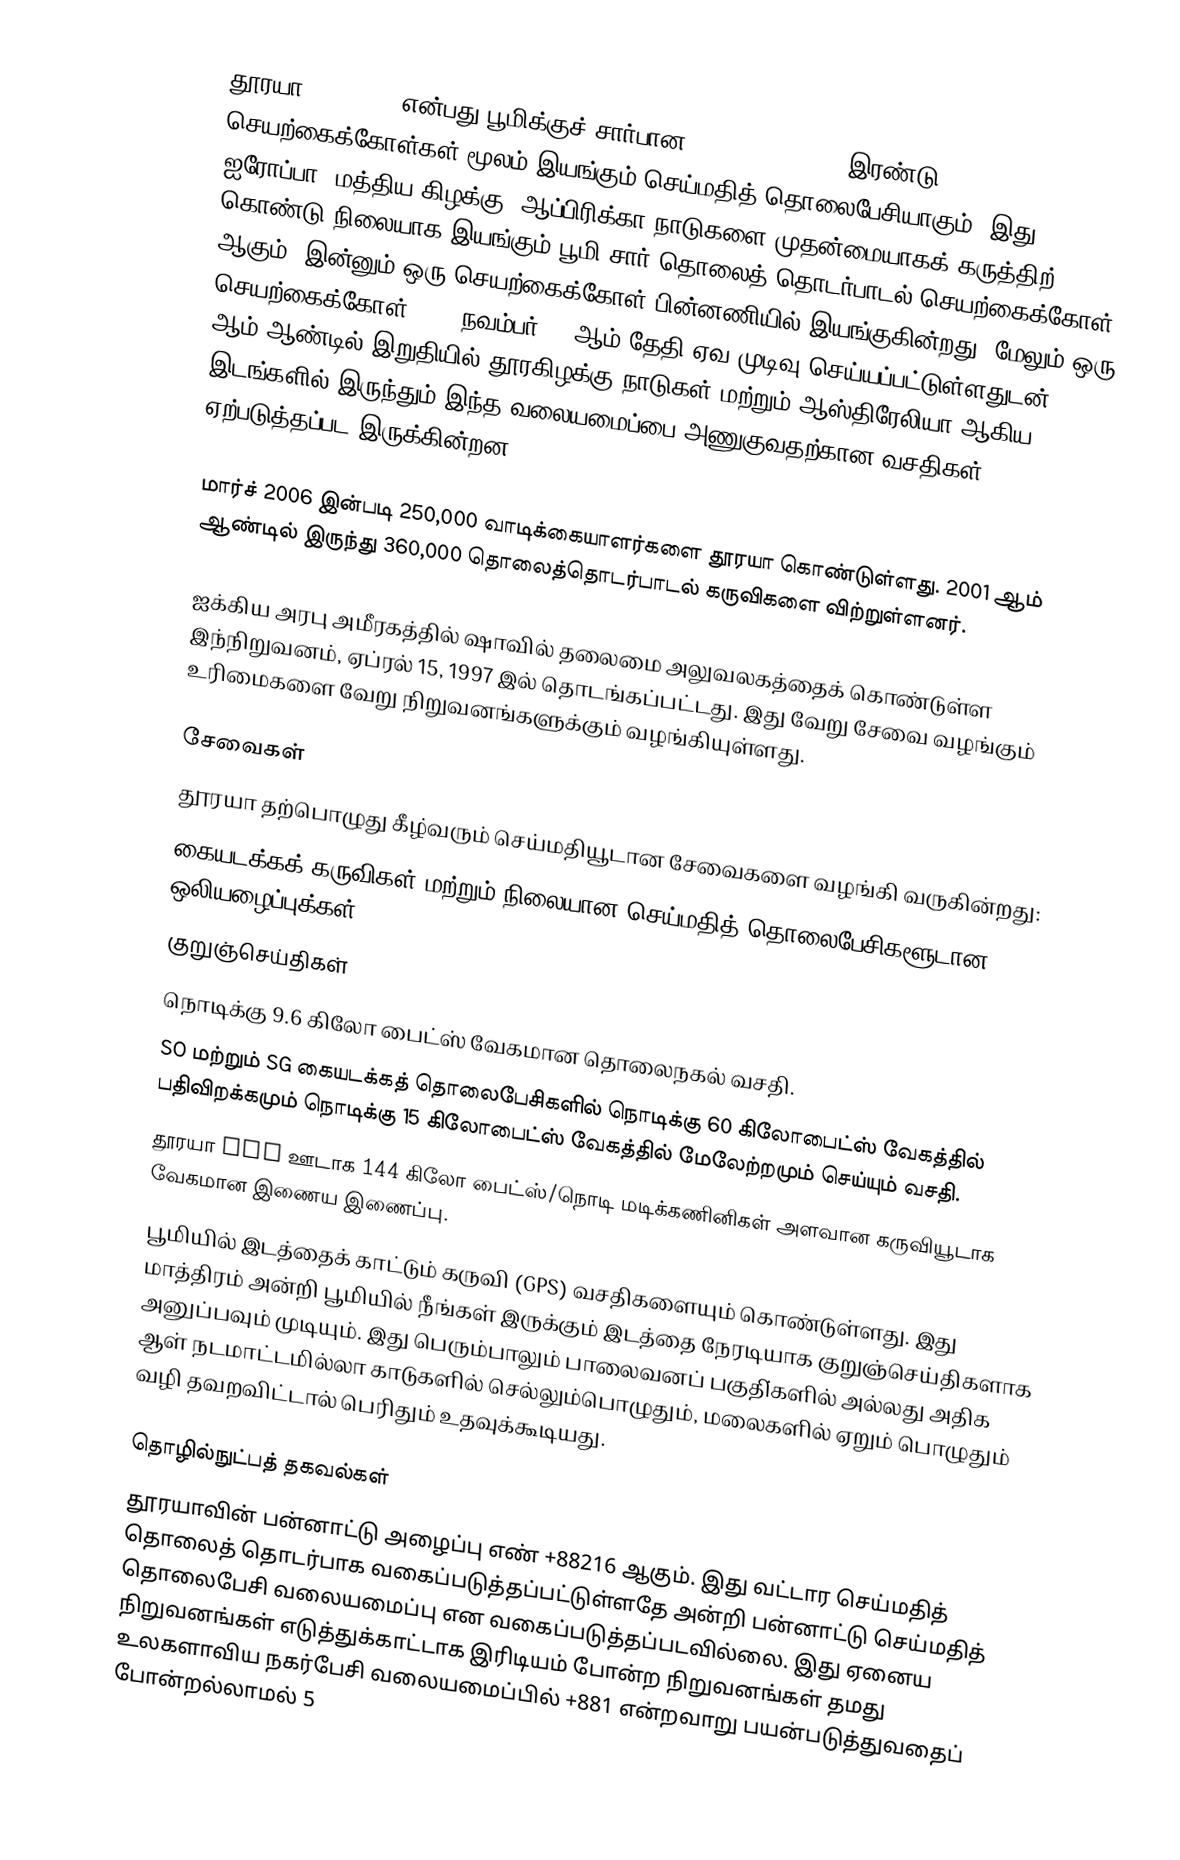
தூரயா (Thuraya) என்பது பூமிக்குச் சார்பான (geosynchronous) இரண்டு செயற்கைக்கோள்கள் மூலம் இயங்கும் செய்மதித் தொலைபேசியாகும். இது ஐரோப்பா, மத்திய கிழக்கு, ஆப்பிரிக்கா நாடுகளை முதன்மையாகக் கருத்திற் கொண்டு நிலையாக இயங்கும்  பூமி சார் தொலைத் தொடர்பாடல் செயற்கைக்கோள் ஆகும். இன்னும் ஒரு செயற்கைக்கோள் பின்னணியில் இயங்குகின்றது. மேலும் ஒரு செயற்கைக்கோள் 2007 நவம்பர் 21 ஆம் தேதி ஏவ முடிவு செய்யப்பட்டுள்ளதுடன் 2007 ஆம் ஆண்டில் இறுதியில் தூரகிழக்கு நாடுகள் மற்றும் ஆஸ்திரேலியா ஆகிய இடங்களில் இருந்தும் இந்த வலையமைப்பை அணுகுவதற்கான வசதிகள் ஏற்படுத்தப்பட இருக்கின்றன.

மார்ச் 2006 இன்படி 250,000 வாடிக்கையாளர்களை தூரயா கொண்டுள்ளது. 2001 ஆம் ஆண்டில் இருந்து 360,000 தொலைத்தொடர்பாடல் கருவிகளை விற்றுள்ளனர்.

ஐக்கிய அரபு அமீரகத்தில் ஷாவில் தலைமை அலுவலகத்தைக் கொண்டுள்ள இந்நிறுவனம், ஏப்ரல் 15, 1997 இல் தொடங்கப்பட்டது. இது வேறு சேவை வழங்கும் உரிமைகளை வேறு நிறுவனங்களுக்கும் வழங்கியுள்ளது.

சேவைகள்
தூரயா தற்பொழுது கீழ்வரும் செய்மதியூடான சேவைகளை வழங்கி வருகின்றது:
கையடக்கக் கருவிகள் மற்றும் நிலையான செய்மதித் தொலைபேசிகளூடான ஒலியழைப்புக்கள்.
குறுஞ்செய்திகள்
நொடிக்கு 9.6 கிலோ பைட்ஸ் வேகமான தொலைநகல் வசதி.
SO மற்றும் SG கையடக்கத் தொலைபேசிகளில் நொடிக்கு 60 கிலோபைட்ஸ் வேகத்தில் பதிவிறக்கமும் நொடிக்கு 15 கிலோபைட்ஸ் வேகத்தில் மேலேற்றமும் செய்யும் வசதி.
தூரயா DSL ஊடாக 144 கிலோ பைட்ஸ்/நொடி மடிக்கணினிகள் அளவான கருவியூடாக வேகமான இணைய இணைப்பு.
பூமியில் இடத்தைக் காட்டும் கருவி (GPS) வசதிகளையும் கொண்டுள்ளது. இது மாத்திரம் அன்றி பூமியில் நீங்கள் இருக்கும் இடத்தை நேரடியாக குறுஞ்செய்திகளாக அனுப்பவும் முடியும். இது பெரும்பாலும் பாலைவனப் பகுதி்களில் அல்லது அதிக ஆள் நடமாட்டமில்லா காடுகளில் செல்லும்பொழுதும், மலைகளில் ஏறும் பொழுதும் வழி தவறவிட்டால் பெரிதும் உதவுக்கூடியது.

தொழில்நுட்பத் தகவல்கள்
தூரயாவின் பன்னாட்டு அழைப்பு எண் +88216 ஆகும். இது வட்டார செய்மதித் தொலைத் தொடர்பாக வகைப்படுத்தப்பட்டுள்ளதே அன்றி பன்னாட்டு செய்மதித் தொலைபேசி வலையமைப்பு என வகைப்படுத்தப்படவில்லை. இது ஏனைய நிறுவனங்கள் எடுத்துக்காட்டாக இரிடியம் போன்ற நிறுவனங்கள் தமது உலகளாவிய நகர்பேசி வலையமைப்பில் +881 என்றவாறு பயன்படுத்துவதைப் போன்றல்லாமல் 5